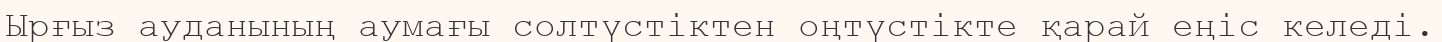
Ырғыз ауданының аумағы солтүстіктен оңтүстікте қарай еңіс келеді.